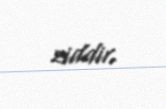
ziddir.